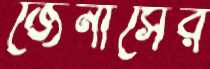
জেনাসের